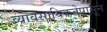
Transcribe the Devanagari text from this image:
व्यावसायिकतेपासून